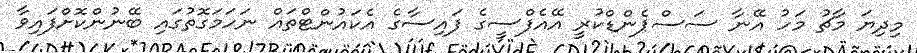
މިދިޔަ މާޗު މަހު އޭނާ ސަސްޕެންޑްކުރީ އޭއެފްސީގެ ފައިސާގެ އެކައުންޓްތައް ނަހަމަގޮތުގައި ބޭނުންކޮށްފައިވާ